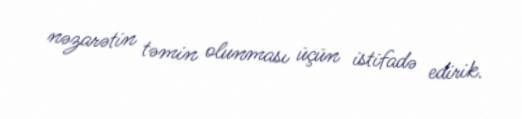
nəzarətin təmin olunması üçün istifadə edirik.